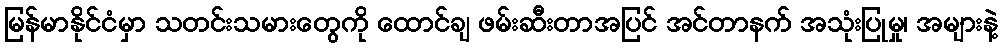
မြန်မာနိုင်ငံမှာ သတင်းသမားတွေကို ထောင်ချ ဖမ်းဆီးတာအပြင် အင်တာနက် အသုံးပြုမှု၊ အများနဲ့